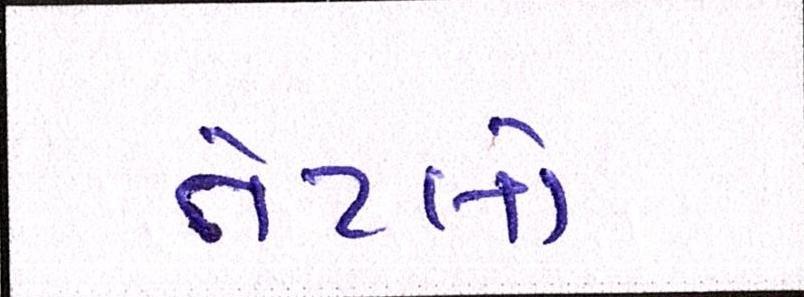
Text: તેટલો